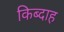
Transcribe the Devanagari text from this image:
किब्दाह